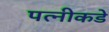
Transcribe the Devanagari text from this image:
पत्नीकडे